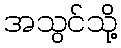
အသွင်သို့